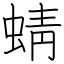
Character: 蜻